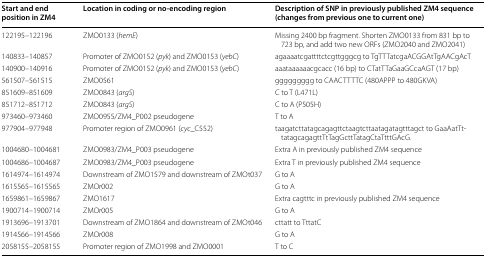
| Start and end position in ZM4 | Location in coding or no-encoding region | Description of SNP in previously published ZM4 sequence (changes from previous one to current one) |
 | --- | --- | --- |
 | 122195–122196 | ZMO0133 (hemE) | Missing 2400 bp fragment. Shorten ZMO0133 from 831 bp to 723 bp, and add two new ORFs (ZMO2040 and ZMO2041) |
 | 140833–140857 | Promoter of ZMO0152 (pyk) and ZMO0153 (yebC) | agaaaatcgattttctcgttgggcg to TgTTTatcgaACGGAtTgAACgAcT |
 | 140900–140916 | Promoter of ZMO0152 (pyk) and ZMO0153 (yebC) | aaataaaaaacgcacc (16 bp) to CTatTTaGaaGCcaAGT (17 bp) |
 | 561507–561515 | ZMO0561 | ggggggggg to CAACTTTTC (480APPP to 480GKVA) |
 | 851609–851609 | ZMO0843 (argS) | C to T (L471L) |
 | 851712–851712 | ZMO0843 (argS) | C to A (P505H) |
 | 973460–973460 | ZMO0955/ZM4_P002 pseudogene | T to A |
 | 977904–977948 | Promoter region of ZMO0961 (cyc_C552) | taagatcttatagcagagttctaagtcttaatagatagtttagct to GaaAatTttatagcagagttTtTagGcttTatagCtaTtttGAcG. |
 | 1004680–1004681 | ZMO0983/ZM4_P003 pseudogene | Extra A in previously published ZM4 sequence |
 | 1004686–1004687 | ZMO0983/ZM4_P003 pseudogene | Extra T in previously published ZM4 sequence |
 | 1614974–1614974 | Downstream of ZMO1579 and downstream of ZMOt037 | G to A |
 | 1615565–1615565 | ZMOr002 | G to A |
 | 1659861–1659867 | ZMO1617 | Extra cagtttc in previously published ZM4 sequence |
 | 1900714–1900714 | ZMOr005 | G to A |
 | 1913696–1913701 | Downstream of ZMO1864 and downstream of ZMOt046 | cttatt to TttatC |
 | 1914566–1914566 | ZMOr008 | G to A |
 | 2058155–2058155 | Promoter region of ZMO1998 and ZMO0001 | T to C |